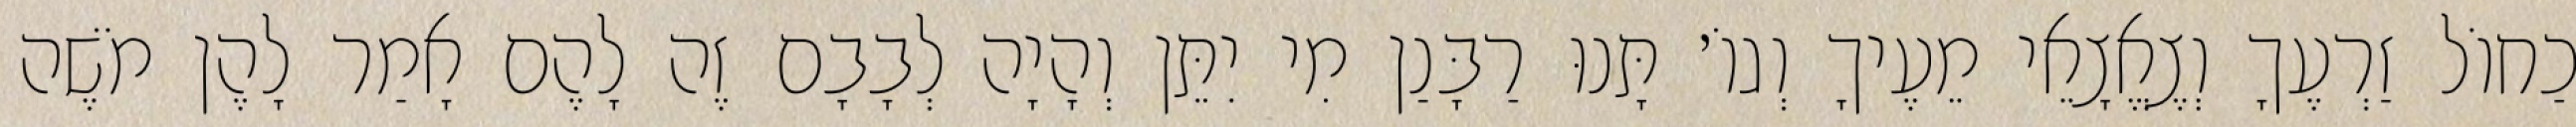
כַחוֹל זַרְעֶךָ וְצֶאֱצָאֵי מֵעֶיךָ וְגוֹ׳ תָּנוּ רַבָּנַן מִי יִתֵּן וְהָיָה לְבָבָם זֶה לָהֶם אָמַר לָהֶן מֹשֶׁה